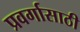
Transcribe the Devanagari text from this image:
प्रवर्गासाठी